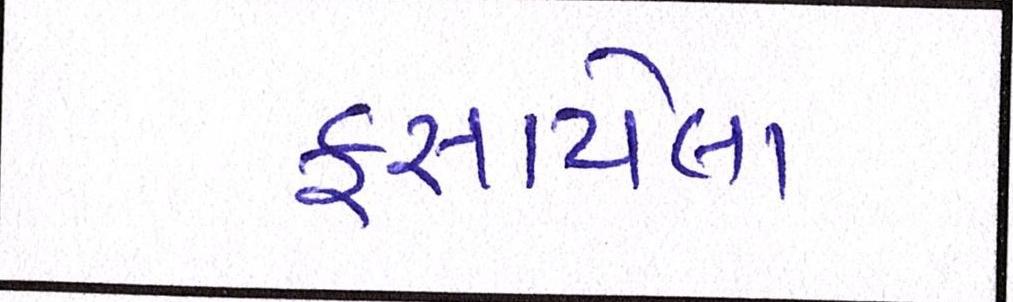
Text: ફસાયેલા